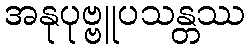
အနုပုဗ္ဗူပသန္တဿ